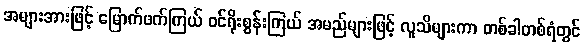
အများအားဖြင့် မြောက်ဖက်ကြယ် ဝင်ရိုးစွန်းကြယ် အမည်များဖြင့် လူသိများကာ တစ်ခါတစ်ရံတွင်